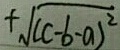
+ \sqrt { ( c - b - a ) ^ { 2 } }